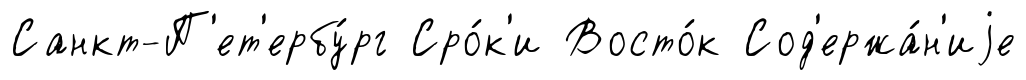
Санкт-П'ет'ербу́рг Сро́к'и Восто́к Сод'ержа́н'иjе